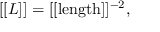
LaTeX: [ [ L ] ] = [ [ \mathrm { l e n g t h } ] ] ^ { - 2 } ,